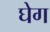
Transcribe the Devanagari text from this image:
घेग